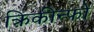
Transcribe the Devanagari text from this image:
क्रिकीन्फो